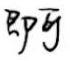
即可